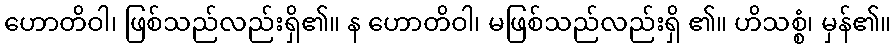
ဟောတိဝါ၊ ဖြစ်သည်လည်းရှိ၏။ န ဟောတိဝါ၊ မဖြစ်သည်လည်းရှိ ၏။ ဟိသစ္စံ၊ မှန်၏။